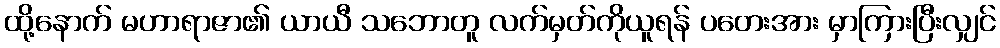
ထို့နောက် မဟာရာဇာ၏ ယာယီ သဘောတူ လက်မှတ်ကိုယူရန် ပတေးအား မှာကြားပြီးလျှင်